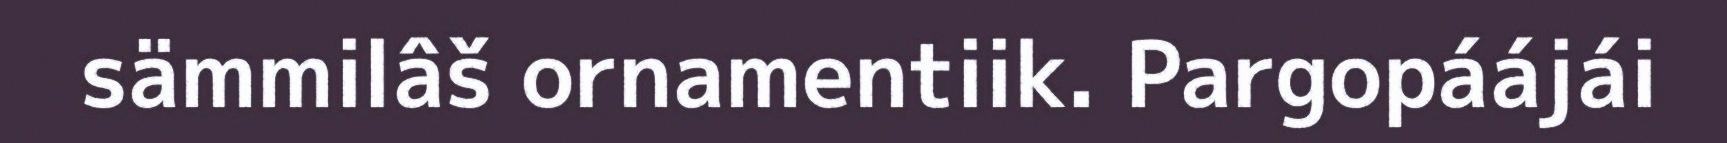
sämmilâš ornamentiik. Pargopáájái